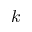
k